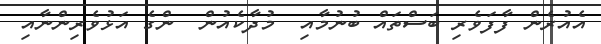
އެއުރެން ފާފަވެރި ބަސްތައް ބުނުމާއި  މުދާކެއުން  ންގެ އަޅުވެރިންނާއި